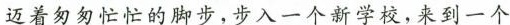
迈着匆匆忙忙的脚步，步入一个新学校，来到一个